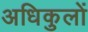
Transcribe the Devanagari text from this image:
अधिकुलों